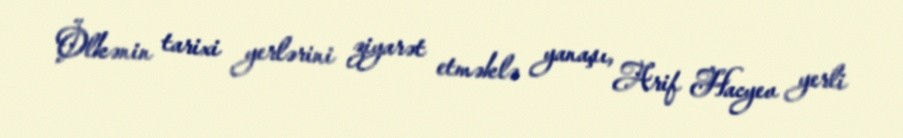
Ölkənin tarixi yerlərini ziyarət etməklə yanaşı, Arif Hacyev yerli